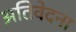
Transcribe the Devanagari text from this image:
अतिवेदना